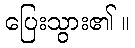
ပြေးသွား၏ ။